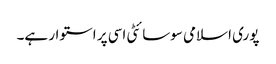
پوری اسلامی سوسائٹی اسی پر استوار ہے۔